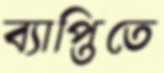
ব্যাপ্তিতে